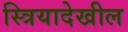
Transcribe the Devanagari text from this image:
स्त्रियादेखील